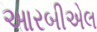
આરબીએલ